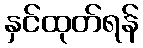
နှင်ထုတ်ရန်